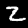
Label: 2